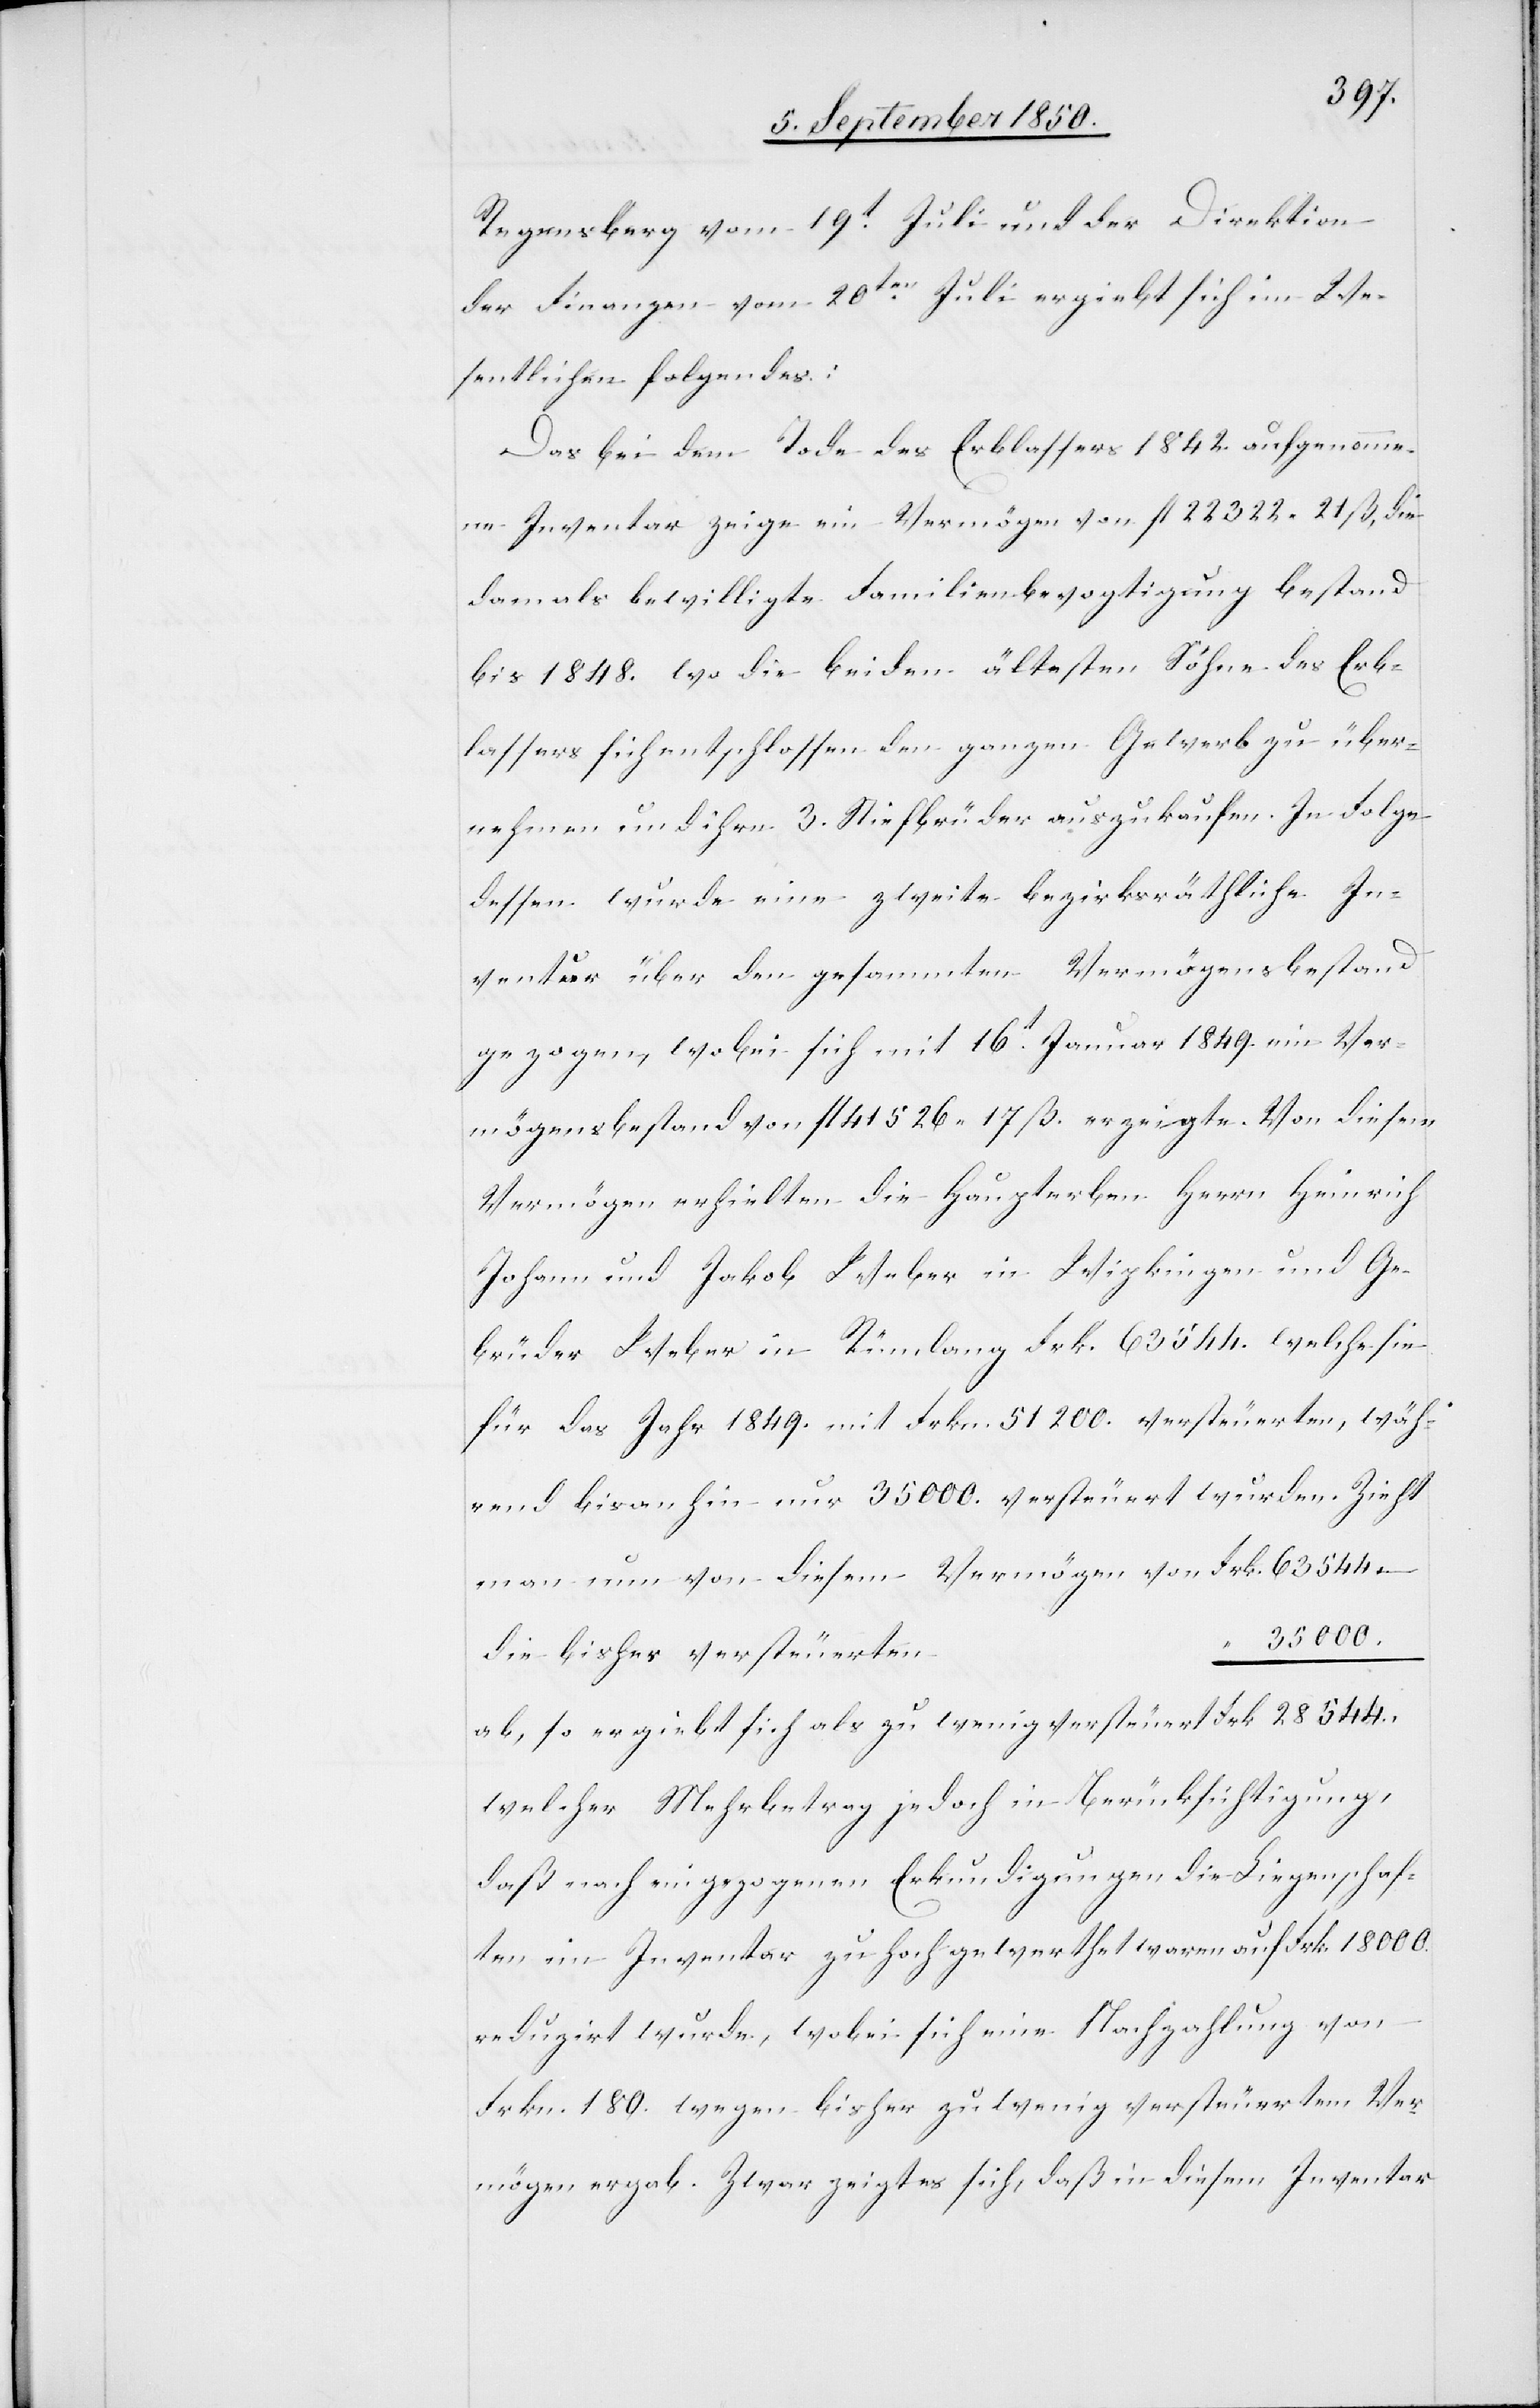
Regensberg vom 19t Juli und der Direktion
der Finanzen vom 20ten Juli ergiebt sich im We¬
sentlichen folgendes:
Das bei dem Tode des Erblassers 1842. aufgenomme¬
ne Inventar zeige ein Vermögen von fl 22 322. 21 ß, die
damals bewilligte Familienbevogtigung bestand
bis 1848. wo die beiden ältesten Söhne des Erb¬
lassers sich entschlossen den ganzen Gewerb zu über¬
nehmen und ihren 3. Stiefbrüdern auszukaufen. In Folge
dessen wurde eine zweite bezirksräthliche In¬
ventur über den gesammten Vermögensbestand
gezogen, wobei sich mit 16t Januar 1849. ein Ver¬
mögensbestand von fl 41 526 17 ß. erzeigte. Von diesem
Vermögen erhielten die Haupterben Herrn Heinrich
Johann und Jakob Weber in Wipkingen und Ge¬
brüder Weber in Rümlang Frk. 63 544. welche sie
für das Jahr 1849. mit Frkn. 51 200. versteuerten, wäh¬
rend bisanhin nur 35 000. versteuert wurden.
man nun von diesem Vermögen von 					Frk.
35 000.
ab, so ergiebt sich als zu wenig versteuert					Frk
welcher Mehrbetrag jedoch in Berücksichtigung,
daß nach eingezogenen Erkundigungen die Liegenschaf¬
ten im Inventar zu hoch gewerthet waren auf Frk. 18 000.
reduzirt wurde, wobei sich eine Nachzahlung von
Frkn. 180. wegen bisher zu wenig versteuertem Ver¬
mögen ergab. Zwar zeigt es sich, daß in diesem Inventar